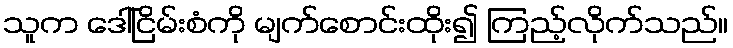
သူက ဒေါ်ငြိမ်းစံကို မျက်စောင်းထိုး၍ ကြည့်လိုက်သည်။